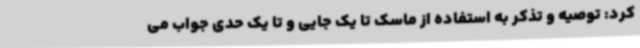
کرد: توصیه و تذکر به استفاده از ماسک تا یک جایی و تا یک حدی جواب می